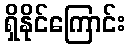
ရှိနိုင်ကြောင်း